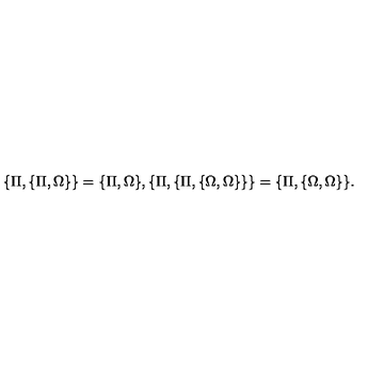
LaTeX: \{ \Pi , \{ \Pi , \Omega \} \} = \{ \Pi , \Omega \} , \{ \Pi , \{ \Pi , \{ \Omega , \Omega \} \} \} = \{ \Pi , \{ \Omega , \Omega \} \} .